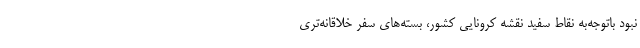
نبود باتوجه‌به نقاط سفید نقشه کرونایی کشور، بسته‌های سفر خلاقانه‌تری